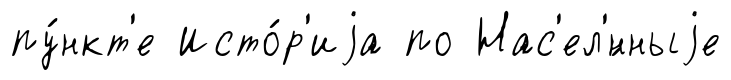
пу́нкт'е Исто́р'иjа по Нас'ел'́нныjе